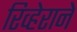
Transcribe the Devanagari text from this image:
रिव्हेराने